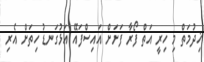
ޚިދުމަތް މި ހިރީ އަތް ފޯރާ ފަށަށް އައިސްފައޭ އަޅުގަނޑު ހިތަށް އެރި